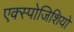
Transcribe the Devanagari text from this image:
एक्स्पोजिशियो